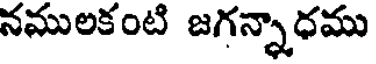
నములకంటి జగన్నాధము